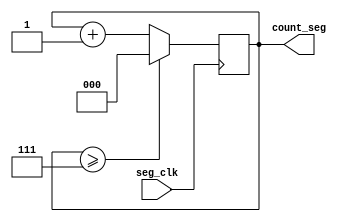
module Seg_Count(
    input seg_clk,
    output reg [2:0] count_seg
);
    initial
    begin
        count_seg<=0;
    end
        
	always @(posedge seg_clk)
	begin
        if (count_seg >= 7)   
           count_seg <= 0;
        else
           count_seg <= count_seg+1; 
    end
    
endmodule